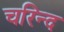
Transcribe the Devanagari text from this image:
चरिन्द